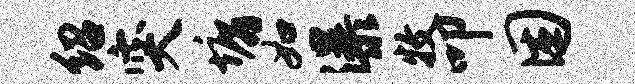
绍突墉如瀑牧叩困